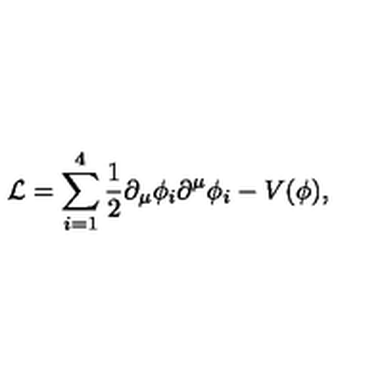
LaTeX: { \cal L } = \sum _ { i = 1 } ^ { 4 } \frac { 1 } { 2 } \partial _ { \mu } \phi _ { i } \partial ^ { \mu } \phi _ { i } - V ( \phi ) ,